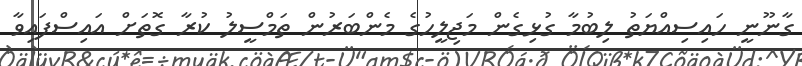
ގާނޫނީ ހައިސިއްޔަތު ލިބުމާ ގުޅިގެން މަޖިލީހުގެ މެންބަރުން ތަމްސީލު ކުރާ ގޮތަށް އައިސްފައިވާ